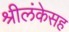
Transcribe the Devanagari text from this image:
श्रीलंकेसह